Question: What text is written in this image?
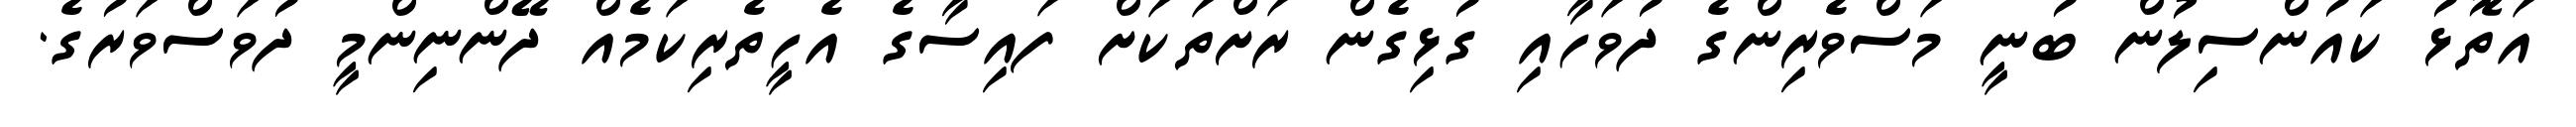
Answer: އަތޮޅު ކައުންސިލުން ބުނީ މަސްވެރިންގެ ދުވަހާއި ގުޅިގެން ރަށްތަކަށް ފައިސާގެ އެހީތެރިކަމެއް ދޭންނިންމީ ދުވަސްވަރުގެ.